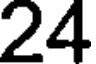
24